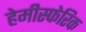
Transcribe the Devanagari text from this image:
हेमीस्फेरिक